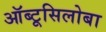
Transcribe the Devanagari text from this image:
ऑब्टूसिलोबा